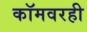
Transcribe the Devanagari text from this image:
कॉमवरही